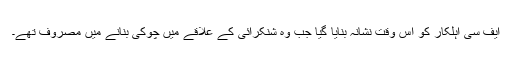
ایف سی اہلکار کو اس وقت نشانہ بنایا گیا جب وہ شنکرائی کے علاقے میں چوکی بنانے میں مصروف تھے۔